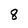
Character: 8